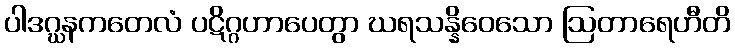
ပါဒဂ္ဃနကတေလံ ပဋိဂ္ဂဟာပေတွာ ဃရသန္နိဝေသော ဩတာရေဟီတိ